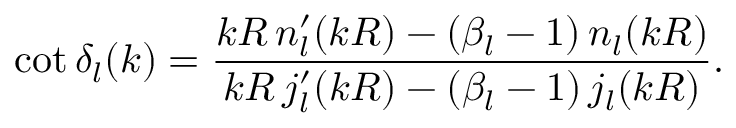
\cot \delta _ { l } ( k ) = \frac { k R \, n _ { l } ^ { \prime } ( k R ) - ( \beta _ { l } - 1 ) \, n _ { l } ( k R ) } { k R \, j _ { l } ^ { \prime } ( k R ) - ( \beta _ { l } - 1 ) \, j _ { l } ( k R ) } .